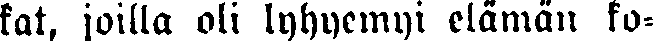
kat, joilla oli lyhyemyi elämän ko-